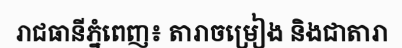
រាជធានីភ្នំពេញ៖ តារាចម្រៀង និងជាតារា